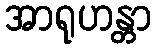
အာရုဟန္တာ